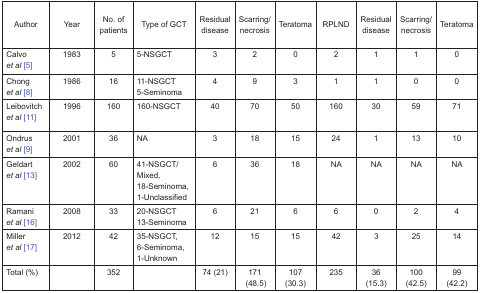
<table><thead><tr><td><b>Author</b></td><td><b>Year</b></td><td><b>No. of patients</b></td><td><b>Type of GCT</b></td><td><b>Residual disease</b></td><td><b>Scarring/ necrosis</b></td><td><b>Teratoma</b></td><td><b>RPLND</b></td><td><b>Residual disease</b></td><td><b>Scarring/ necrosis</b></td><td><b>Teratoma</b></td></tr></thead><tbody><tr><td>Calvo <i>et al</i> [5]</td><td>1983</td><td>5</td><td>5-NSGCT</td><td>3</td><td>2</td><td>0</td><td>2</td><td>1</td><td>1</td><td>0</td></tr><tr><td>Chong <i>et al</i> [8]</td><td>1986</td><td>16</td><td>11-NSGCT 5-Seminoma</td><td>4</td><td>9</td><td>3</td><td>1</td><td>1</td><td>0</td><td>0</td></tr><tr><td>Leibovitch <i>et al</i> [11]</td><td>1996</td><td>160</td><td>160-NSGCT</td><td>40</td><td>70</td><td>50</td><td>160</td><td>30</td><td>59</td><td>71</td></tr><tr><td>Ondrus <i>et al</i> [9]</td><td>2001</td><td>36</td><td>NA</td><td>3</td><td>18</td><td>15</td><td>24</td><td>1</td><td>13</td><td>10</td></tr><tr><td>Geldart <i>et al</i> [13]</td><td>2002</td><td>60</td><td>41-NSGCT/ Mixed, 18-Seminoma, 1-Unclassified</td><td>6</td><td>36</td><td>18</td><td>NA</td><td>NA</td><td>NA</td><td>NA</td></tr><tr><td>Ramani <i>et al</i> [16]</td><td>2008</td><td>33</td><td>20-NSGCT 13-Seminoma</td><td>6</td><td>21</td><td>6</td><td>6</td><td>0</td><td>2</td><td>4</td></tr><tr><td>Miller <i>et al</i> [17]</td><td>2012</td><td>42</td><td>35-NSGCT, 6-Seminoma, 1-Unknown</td><td>12</td><td>15</td><td>15</td><td>42</td><td>3</td><td>25</td><td>14</td></tr><tr><td>Total (%)</td><td></td><td>352</td><td></td><td>74 (21)</td><td>171 (48.5)</td><td>107 (30.3)</td><td>235</td><td>36 (15.3)</td><td>100 (42.5)</td><td>99 (42.2)</td></tr></tbody></table>